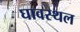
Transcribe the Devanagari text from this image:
घावस्थल